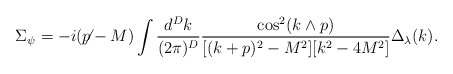
\begin{align*}\Sigma_\psi= -i(\not\!\! p-M) \int \frac{d^Dk}{(2\pi)^D}\frac{\cos^2(k\wedge p)}{[(k+p)^2-M^2][k^2 - 4 M^2]}\Delta_\lambda(k).\end{align*}